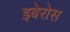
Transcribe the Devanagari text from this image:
इबेरोस